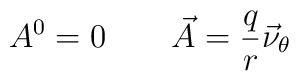
A^0 = 0\qquad \vec A = \frac{q}{r}\vec\nu_\theta